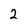
Character: 2